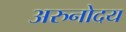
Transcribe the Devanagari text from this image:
अरुनोदय